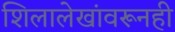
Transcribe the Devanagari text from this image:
शिलालेखांवरूनही